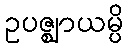
ဥပဇ္ဈာယမ္ပိ